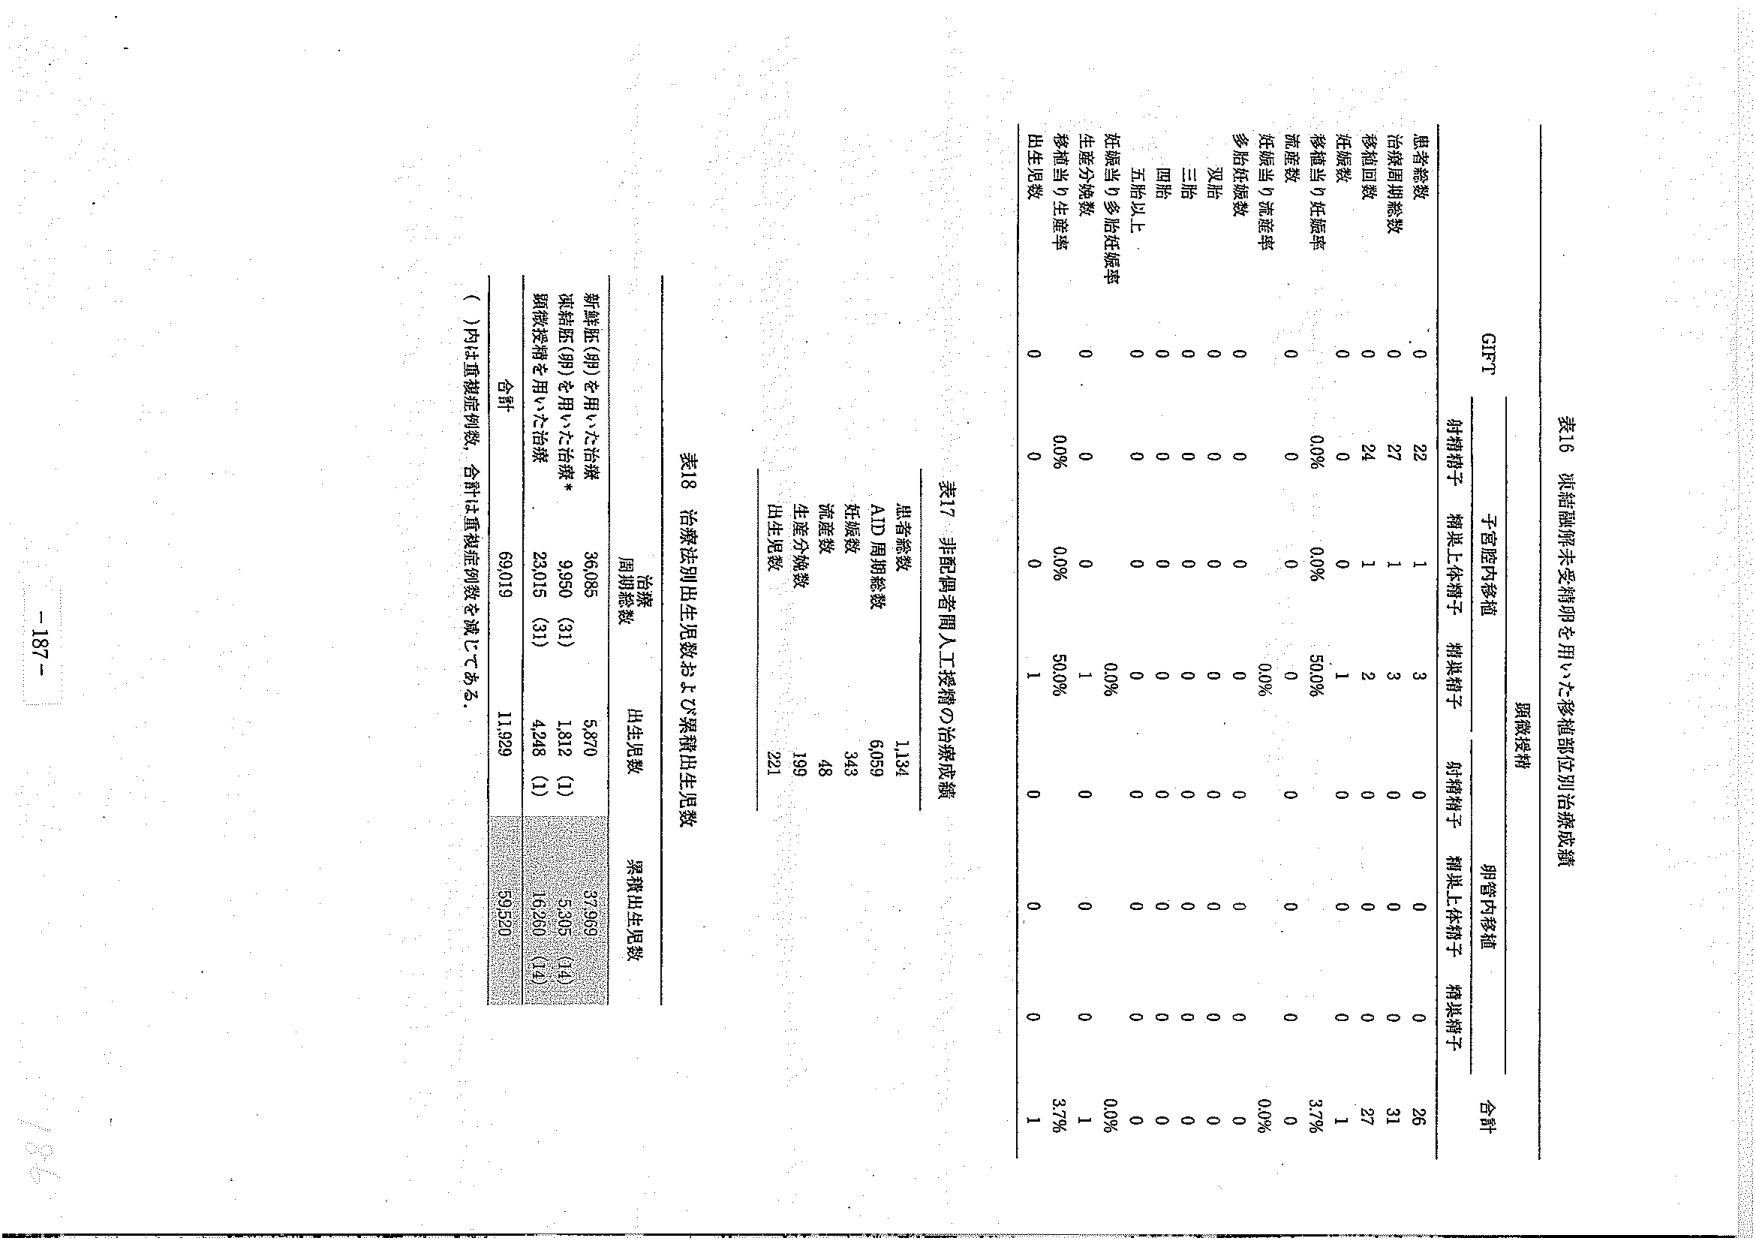
表16 派結融解未受精卵を用いた移植部位別治療成績

GIFT
子宮腔内移植
顕微授精
卵管内移進
合計

患者総数
0
22
1
3
0
0
0
26

治療周期総数
0
27
1
3
0
0
0
31

移植回数
0
24
1
2
0
0
0
27

妊娠数
0
0
0
1
0
0
0
1

移植当り妊娠率
0
0.0%
0
0.0%
0
0
0
3.7%

流産数
0
0
0
0
0
0
0
0

妊娠当り流産率
0
0.0%
0
0.0%
0
0
0
0.0%

多胎妊娠数
双胎
0
0
0
0
0
0
0
0
三胎
0
0
0
0
0
0
0
0
四胎
0
0
0
0
0
0
0
0
五胎以上
0
0
0
0
0
0
0
0

妊娠当り多胎妊娠率
0
0
0
0
0
0
0
0

生産分娩数
0
0
0
1
0
0
0
1

移植当り生産率
0
0.0%
0
0.0%
0
0
0
3.7%

出生児数
0
0
0
1
0
0
0
1

表17 非配偶者間人工授精の治療成績

患者総数
1,134

AID周期総数
6,059

妊娠数
343

流産数
48

生産分娩数
199

出生児数
221

表18 治療法別出生児数および累積出生児数

治療
周期総数
出生児数
累積出生児数

新鮮胚（卵）を用いた治療
36,085
5,870
37,999

凍結胚（卵）を用いた治療*
9,950（31）
1,812（1）
5,305（14）

顕微授精を用いた治療
23,015（31）
4,248（1）
10,250（14）

合計
69,019
11,929
59,520

（ ）内は重複症例数、合計は重複症例数を減じてある。

- 187 -